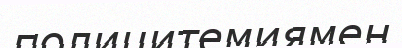
полицитемиямен